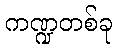
ကဏ္ဍတစ်ခု